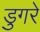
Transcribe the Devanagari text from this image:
डुगरे